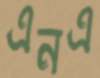
এনএ